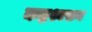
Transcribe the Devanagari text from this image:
कष्टश्वसन